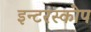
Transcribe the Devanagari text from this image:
इन्टरस्कोप